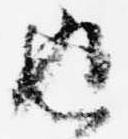
返